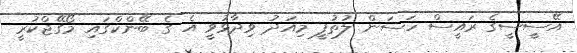
އޭސީސީގެ ރައީސް ހަސަން ލުތުފީ މިއަދު ވިދާޅުވީ އެ ގެ ބޭންކްގައި މޯގޭޖްކުރީ